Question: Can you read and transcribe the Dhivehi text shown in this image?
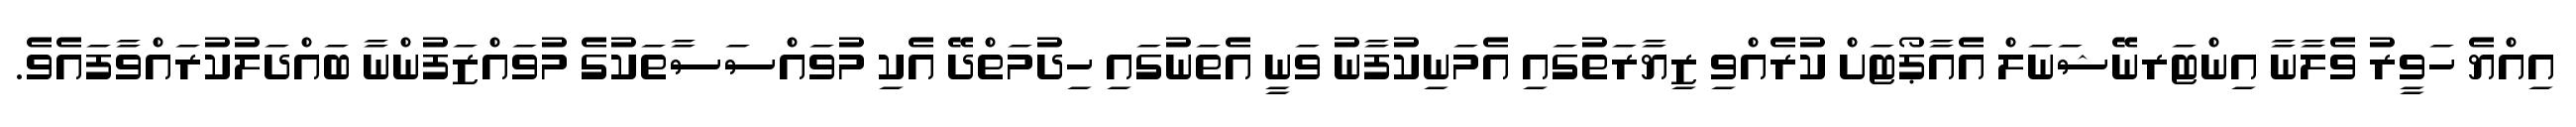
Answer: އިއްޔެ ހަވީރު ވެލާނާ އިންޓަރނޭޝަނަލް އެއާޕޯޓަށް ކުރެއްވި ޒިޔާރަތުގައި އެމަނިކުފާނު ވަނީ އެތަނުގައި ހިދުމަތްދޭ އެކި މުވައްސަސާތަކުގެ މުވައްޒަފުންނާ ބައްދަލުކުރައްވާފައެވެ.